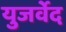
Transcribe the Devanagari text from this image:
युजर्वेद